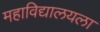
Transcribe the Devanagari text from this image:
महाविद्यालयला